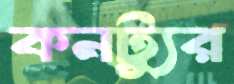
কনট্যুর